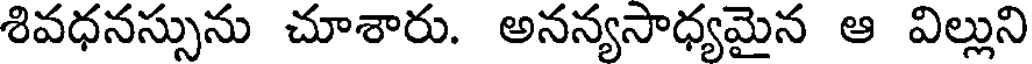
శివధనస్సును చూశారు. అనన్యసాధ్యమైన ఆ విల్లుని